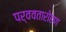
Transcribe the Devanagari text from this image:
पर्ववतारोहण